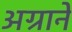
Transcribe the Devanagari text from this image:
अग्राने